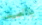
بالصيف